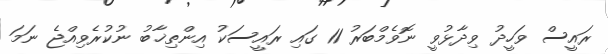
ރައީސް ވަހީދު ވިދާޅުވީ ނޮވެމްބަރު 11 ގައި ރައީސަކު އިންތިޚާބު ނުކުރެވިއްޖެ ނަމަ